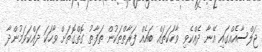
ޖަލްސާއެއްގައި އޭނާ ދެއްކެވި ވާހަކަތައް ބައެއް ފަރާތްތަކުން ތަފާތު ގޮތްގޮތަށް ވާހަކަ ދައްކަވަމުންދާ